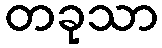
တခုသာ